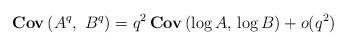
LaTeX: \begin{align*}{\bf{Cov}} \left(A^q,\,\,B^q\right)=q^2\,{\bf{Cov}} \left(\log A,\,\log B\right)+o(q^2)\end{align*}